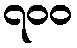
၇၀၀